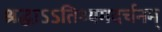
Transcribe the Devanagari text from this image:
श्रद्धाऽऽतिथ्यमदर्चनम्